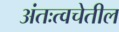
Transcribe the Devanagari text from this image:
अंतःत्वचेतील